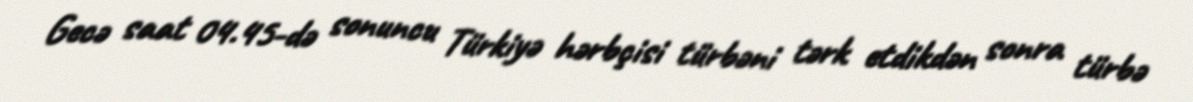
Gecə saat 04.45-də sonuncu Türkiyə hərbçisi türbəni tərk etdikdən sonra türbə